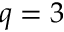
q = 3